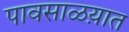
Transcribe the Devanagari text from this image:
पावसाळय़ात